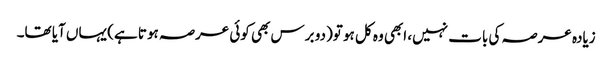
زیادہ عرصہ کی بات نہیں، ابھی وہ کل ہو تو(دو برس بھی کوئی عرصہ ہوتا ہے) یہاں آیا تھا۔